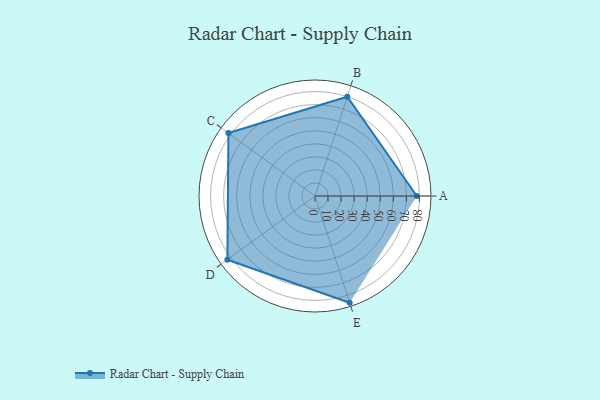
{"axis": {"x": "Skill", "y": "Score"}, "legend": ["Profile"], "data": [{"x": "A", "y": 78.0, "type": "Profile"}, {"x": "B", "y": 80.0, "type": "Profile"}, {"x": "C", "y": 82.0, "type": "Profile"}, {"x": "D", "y": 83.0, "type": "Profile"}, {"x": "E", "y": 86.0, "type": "Profile"}]}